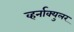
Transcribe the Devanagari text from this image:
व्हर्नाक्‍युलर